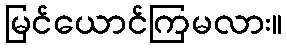
မြင်ယောင်ကြမလား။